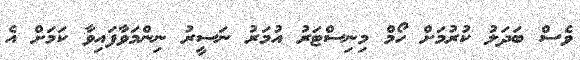
ވެސް ބަދަލު ކުރުމަށް ހޯމް މިނިސްޓަރު އުމަރު ނަސީރު ނިންމަވާފައިވާ ކަމަށް އެ